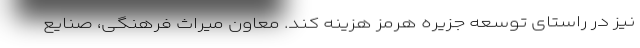
نیز در راستای توسعه جزیره هرمز هزینه کند. معاون میراث فرهنگی، صنایع